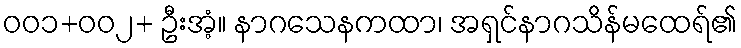
၀၀၁+၀၀၂+ ဦးအံ့။ နာဂသေနကထာ၊ အရှင်နာဂသိန်မထေရ်၏